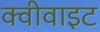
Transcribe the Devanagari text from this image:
क्वीवाइट